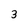
Character: 3